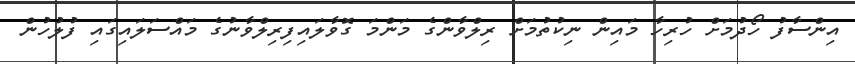
އިންސާފު ހޯދުމަށް ހުރިހާ މައިން ނިކުތުމަށް ރިލްވާންގެ މަންމަ ގޮވާލައިފިރިލްވާނުގެ މައްސަލައިގައި ފުލުހުން